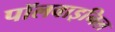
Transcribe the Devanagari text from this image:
पॉलवाइनिल